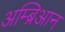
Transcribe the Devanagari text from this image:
अम्ब्रिआन